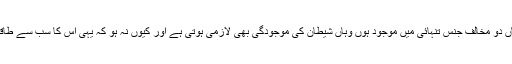
کتابوں میں درج ہے کہ جہاں دو مخالف جنس تنہائی میں موجود ہوں وہاں شیطان کی موجودگی بھی لازمی ہوتی ہے اور کیوں نہ ہو کہ یہی اس کا سب سے طاقتور اور کاری وار ہوتا ہے۔